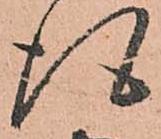
得